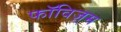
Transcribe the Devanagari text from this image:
फॉविज़्म